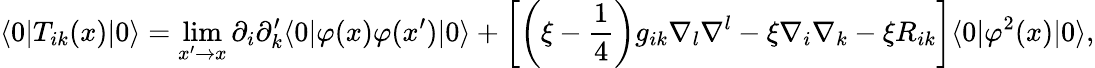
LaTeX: \langle 0|T_{ik}(x)|0\rangle=\operatorname*{lim}_{x^{\prime}\rightarrow x}\partial_{i}\partial_{k}^{\prime}\langle 0|\varphi(x)\varphi(x^{\prime})|0\rangle+\left[\left(\xi-\frac{1}{4}\right)g_{ik}\nabla_{l}\nabla^{l}-\xi\nabla_{i}\nabla_{k}-\xi R_{ik}\right]\langle 0|\varphi^{2}(x)|0\rangle,